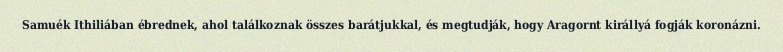
Samuék Ithiliában ébrednek, ahol találkoznak összes barátjukkal, és megtudják, hogy Aragornt királlyá fogják koronázni.